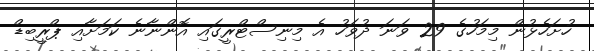
ހުށަހެޅުން މިމަހުގެ 29 ވަނަ ދުވަހު އެ މިނިސްޓްރީގައި އޮންނާނެ ކަމަށާއި ޕްރީބިޑް